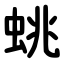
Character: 䖴